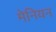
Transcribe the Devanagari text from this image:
मेनियन